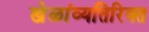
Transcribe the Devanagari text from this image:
खेळांव्यतिरिक्त